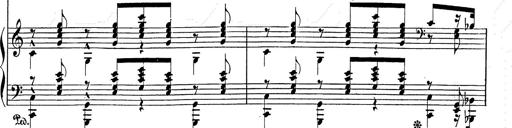
Title: Festvorspiel
Composer: Franz Liszt